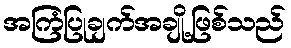
အကြံပြုချက်အချို့ဖြစ်သည်